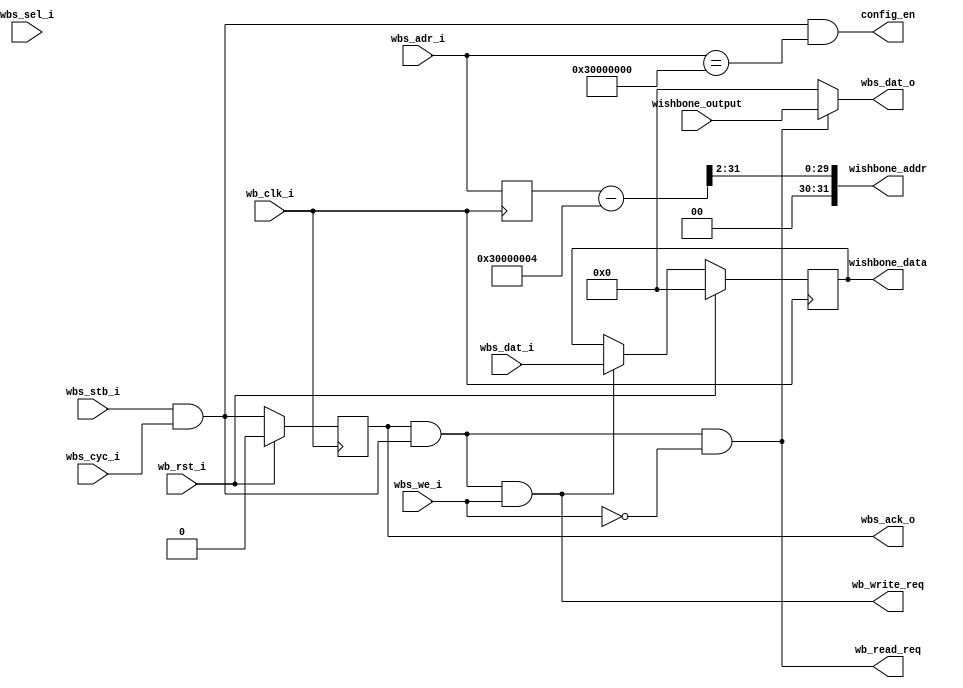
module wishbone_ctl #
(
    parameter OPCODE_ADDR = 32'h30000000
)
(
    // wishbone input
    input        wb_clk_i,
    input        wb_rst_i,
    input        wbs_stb_i,
    input        wbs_cyc_i,
    input        wbs_we_i,
    input [3:0]  wbs_sel_i,
    input [31:0] wbs_dat_i,
    input [31:0] wbs_adr_i,
  
    // control input
    input [31:0] wishbone_output,
 
    // controller config enable
    output        config_en,    

    //control output
    output [31:0] wishbone_data,
    output [31:0] wishbone_addr,
    output        wb_read_req,
    output        wb_write_req,

    // wishbone output
    output        wbs_ack_o,
    output [31:0] wbs_dat_o
);
  
  reg [31:0] wbs_reg_i;
  reg [31:0] wbs_reg_o;

  reg [31:0] wbs_reg_addr;

// ==============================================================================
// Request, Acknowledgement
// ==============================================================================
    wire wbs_req = wbs_stb_i & wbs_cyc_i;
    reg ack_o;

    // ack
    always@(posedge wb_clk_i) begin
        if (wb_rst_i) ack_o <= 1'b0;
        else          ack_o <= wbs_req; // assume we can always process request immediately;
    end

// ==============================================================================
// Latching
// ==============================================================================
    wire wbs_req_write = (ack_o) & wbs_req & (wbs_we_i );
    wire wbs_req_read  = (ack_o) & wbs_req & (~wbs_we_i);
    // Input Data to Sram
    always@(posedge wb_clk_i) begin
        wbs_reg_addr = wbs_adr_i;
        if (wb_rst_i)
            wbs_reg_i <= 32'd0;
        else if (wbs_req_write)
	    wbs_reg_i <= wbs_dat_i;
    end
    // Sram to Output Data
    always@(negedge wb_clk_i) begin
        if (wb_rst_i)
            wbs_reg_o <= 32'd0;
        else if (wbs_req_read)
            wbs_reg_o <= wishbone_output;
    end
// ==============================================================================
// Outputs
// ==============================================================================
assign config_en               = wbs_req & (wbs_adr_i == OPCODE_ADDR);

assign wbs_ack_o               = ack_o;
assign wbs_dat_o               = wbs_req_read ? wishbone_output : 32'd0;

assign wishbone_data           = wbs_reg_i;
assign wishbone_addr           = (wbs_reg_addr - 32'h30000004) >> 2;

assign wb_read_req             = wbs_req_read;
assign wb_write_req            = wbs_req_write;

endmodule